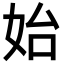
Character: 始